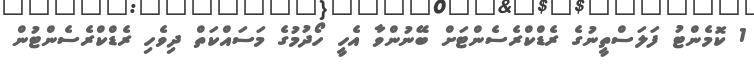
1 ކޮމެންޓު ފަލަސްތީނުގެ ރެޑްކްރެސެންޓަށް ބޭނުންވާ އެހީ ހޯދުމުގެ މަސައްކަތް ދިވެހި ރެޑްކްރެސެންޓުން